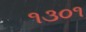
૧૩૦૧